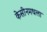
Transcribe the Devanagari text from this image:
केसीनमधला